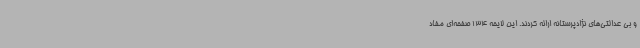
و بی عدالتی‌های نژادپرستانه ارائه کردند. این لایحه 134 صفحه‌ای مفاد